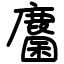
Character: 麕